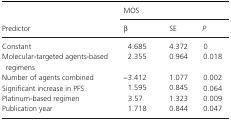
| <ROWSPAN=2> Predictor | <COLSPAN=3> MOS |
 | β | SE | P |
 | --- | --- | --- | --- |
 | Constant | 4.685 | 4.372 | 0 |
 | Molecular‐targeted agents‐based regimens | 2.355 | 0.964 | 0.018 |
 | Number of agents combined | −3.412 | 1.077 | 0.002 |
 | Significant increase in PFS | 1.595 | 0.845 | 0.064 |
 | Platinum‐based regimen | 3.57 | 1.323 | 0.009 |
 | Publication year | 1.718 | 0.844 | 0.047 |